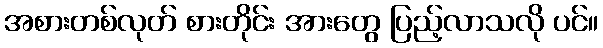
အစားတစ်လုတ် စားတိုင်း အားတွေ ပြည့်လာသလို ပင်။